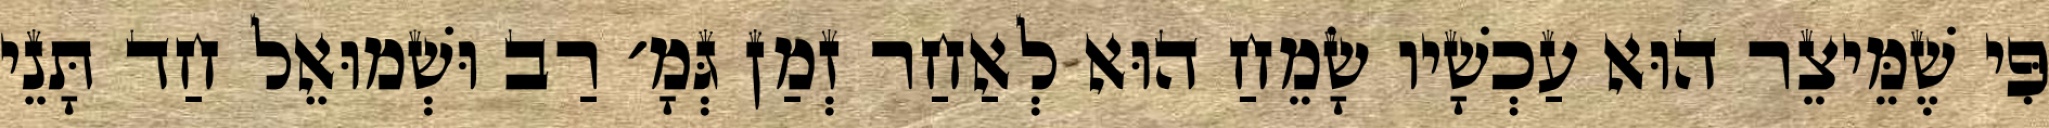
פִּי שֶׁמֵּיצֵר הוּא עַכְשָׁיו שָׂמֵחַ הוּא לְאַחַר זְמַן גְּמָ׳ רַב וּשְׁמוּאֵל חַד תָּנֵי